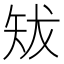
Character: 𥎱